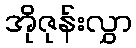
အိုဇုန်းလွှာ